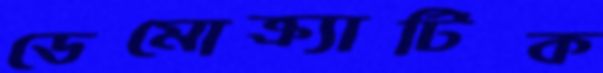
ডেমোক্র্যাটিক